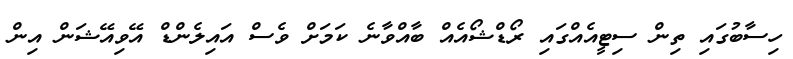
ހިސާބުގައި ތިން ސިޓީއެއްގައި ރޯޑްޝޯއެއް ބާއްވާނެ ކަމަށް ވެސް އައިލެންޑް އޭވިއޭޝަން އިން